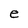
Character: e